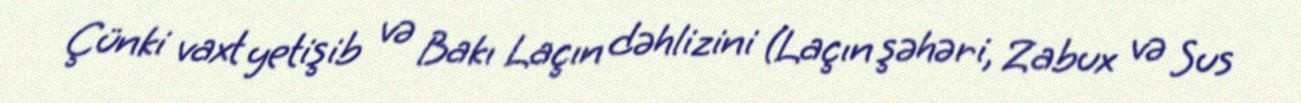
Çünki vaxt yetişib və Bakı Laçın dəhlizini (Laçın şəhəri, Zabux və Sus